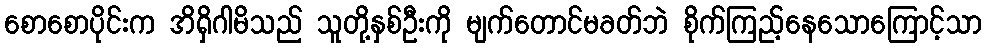
စောစောပိုင်းက အိရှိဂါမိသည် သူတို့နှစ်ဦးကို မျက်တောင်မခတ်ဘဲ စိုက်ကြည့်နေသောကြောင့်သာ